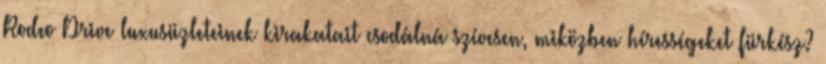
Rodeo Drive luxusüzleteinek kirakatait csodálná szívesen, miközben hírességeket fürkész?